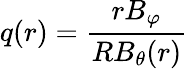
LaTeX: q(r)=\frac{rB_{\varphi}}{RB_{\theta}(r)}